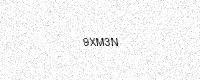
Text: 9XM3N